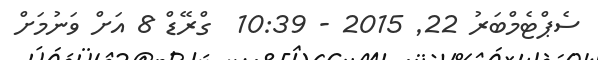
ސެޕްޓެމްބަރު 22